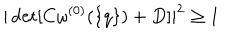
LaTeX: | \det [ C \omega ^ { ( 0 ) } ( \{ q \} ) + D ] | ^ { 2 } \geq 1